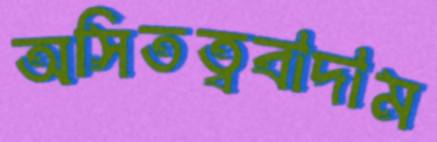
অসিতত্ববাদাম